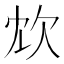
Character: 𣢌